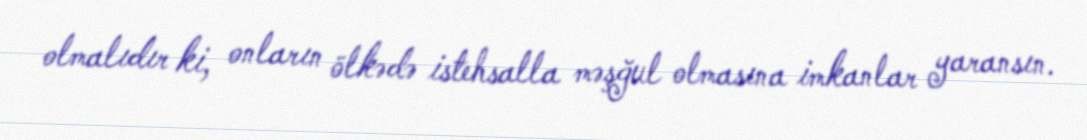
olmalıdır ki, onların ölkədə istehsalla məşğul olmasına imkanlar yaransın.